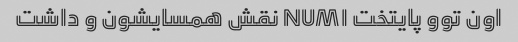
اون توو پایتخت NUM۱ نقش همسایشون و داشت